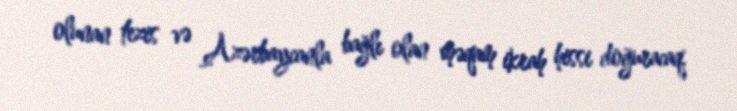
olunan tezis və Azərbaycanla bağlı olan məqam ikrah hissi doğuracaq.